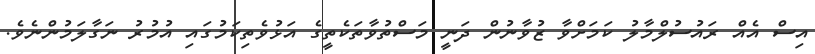
އިސް އެއް ރައުސުލްމާލު ކަމަށްވާ ޒުވާނުން ދަނީ މަސްތުވާތަކެތީގެ އަޅުވެތިކަމުގައި އުމުރު ނަގާލަމުންނެވެ.